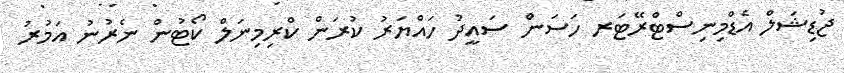
ޖުޑިޝަލް އެޑްމިނިސްޓްރޭޓަރ ހަސަން ސައީދު ހައްޔަރު ކުރަން ކްރިމިނަލް ކޯޓުން ނެރުނު އަމުރު